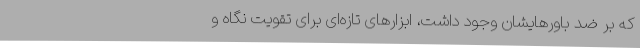
که بر ضد باورهایشان وجود داشت، ابزارهای تازه‌ای برای تقویت نگاه و